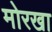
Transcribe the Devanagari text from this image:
मोरखा